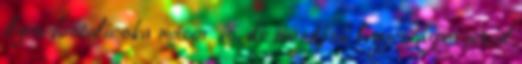
ilyen fostalicska műsor is, de mondjuk legyen a pornóval